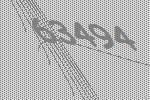
63494